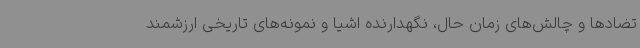
تضادها و چالش‌های زمان حال، نگهدارنده اشیا و نمونه‌های تاریخی ارزشمند